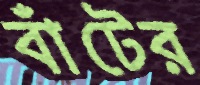
বাঁটের